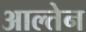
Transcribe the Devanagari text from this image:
आल्तेन